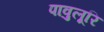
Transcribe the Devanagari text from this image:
पावुलूरि